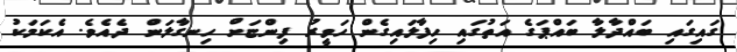
ގައިގައި ބައްދާލާ ބައްޕަގެ އަތުގައި ހިފާލައިގެން ހަވީރު ފިންޏަށް ހިނގާލަން ދެއެވެ. އެކަމަކު